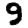
Digit: 9